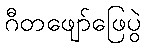
ဂီတဖျော်ဖြေပွဲ